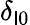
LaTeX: \delta_{\mathsf{l}0}